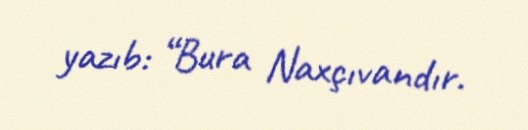
yazıb: “Bura Naxçıvandır.